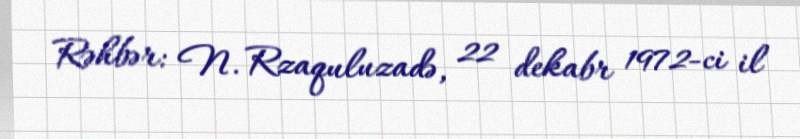
Rəhbər: N. Rzaquluzadə, 22 dekabr 1972-ci il